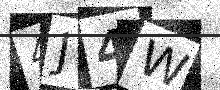
Text: 4J4W